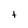
Character: t